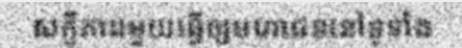
សក្ខីភាពមួយធ្វើឲ្យមហាជននៅទូទាំង